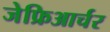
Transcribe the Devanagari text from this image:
जेफ्रिआर्चर